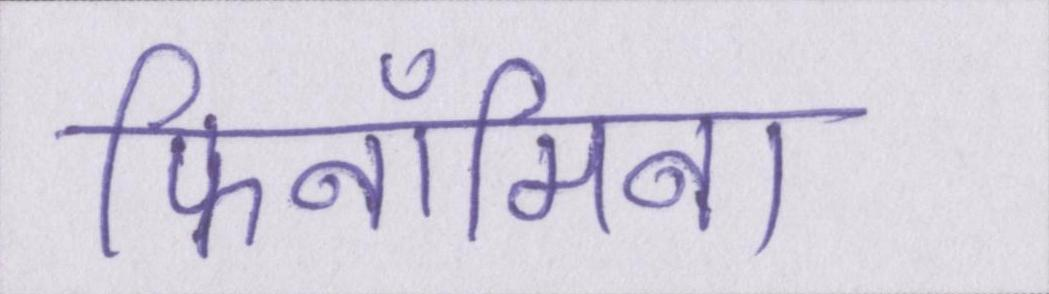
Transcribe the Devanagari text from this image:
फिनॉमिना